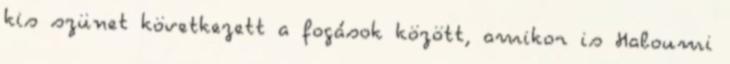
kis szünet következett a fogások között, amikor is Haloumi